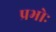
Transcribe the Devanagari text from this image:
प्रभोः